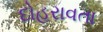
દોહરાવતા